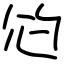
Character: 尦